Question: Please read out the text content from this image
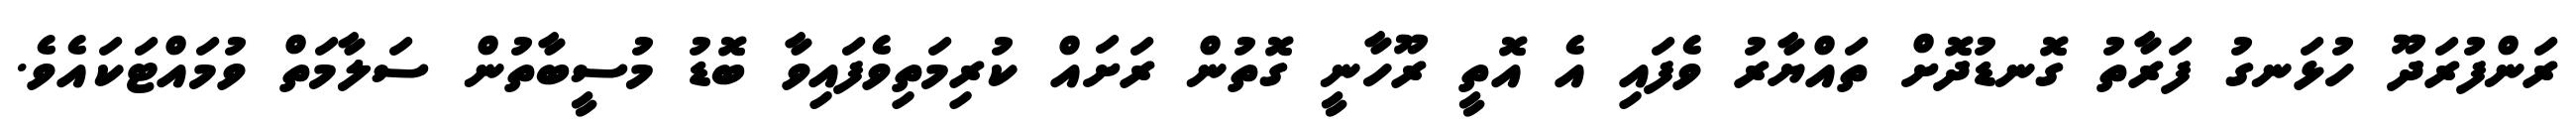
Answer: ރަންފުރަދޫ ހުޅަނގު ފަރާތު ގޮނޑުދޮށް ތައްޔާރު ވެފައި އެ އޮތީ ރޫހާނީ ގޮތުން ރަށައް ކުރިމަތިވެފައިވާ ބޮޑު މުސީބާތުން ސަލާމަތް ވުމައްޓަކައެވެ.